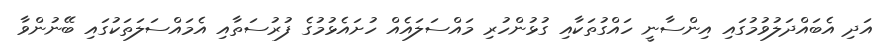
އަދި އެބައްދަލުވުމުގައި އިންސާނީ ހައްގުތަކާއި ގުޅުންހުރި މައްސަލައެއް ހުށައެޅުމުގެ ފުރުސަތާއި އެމައްސަލަތަކުގައި ބޭނުންވާ